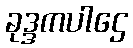
ခုဒ္ဒကပါဌေ